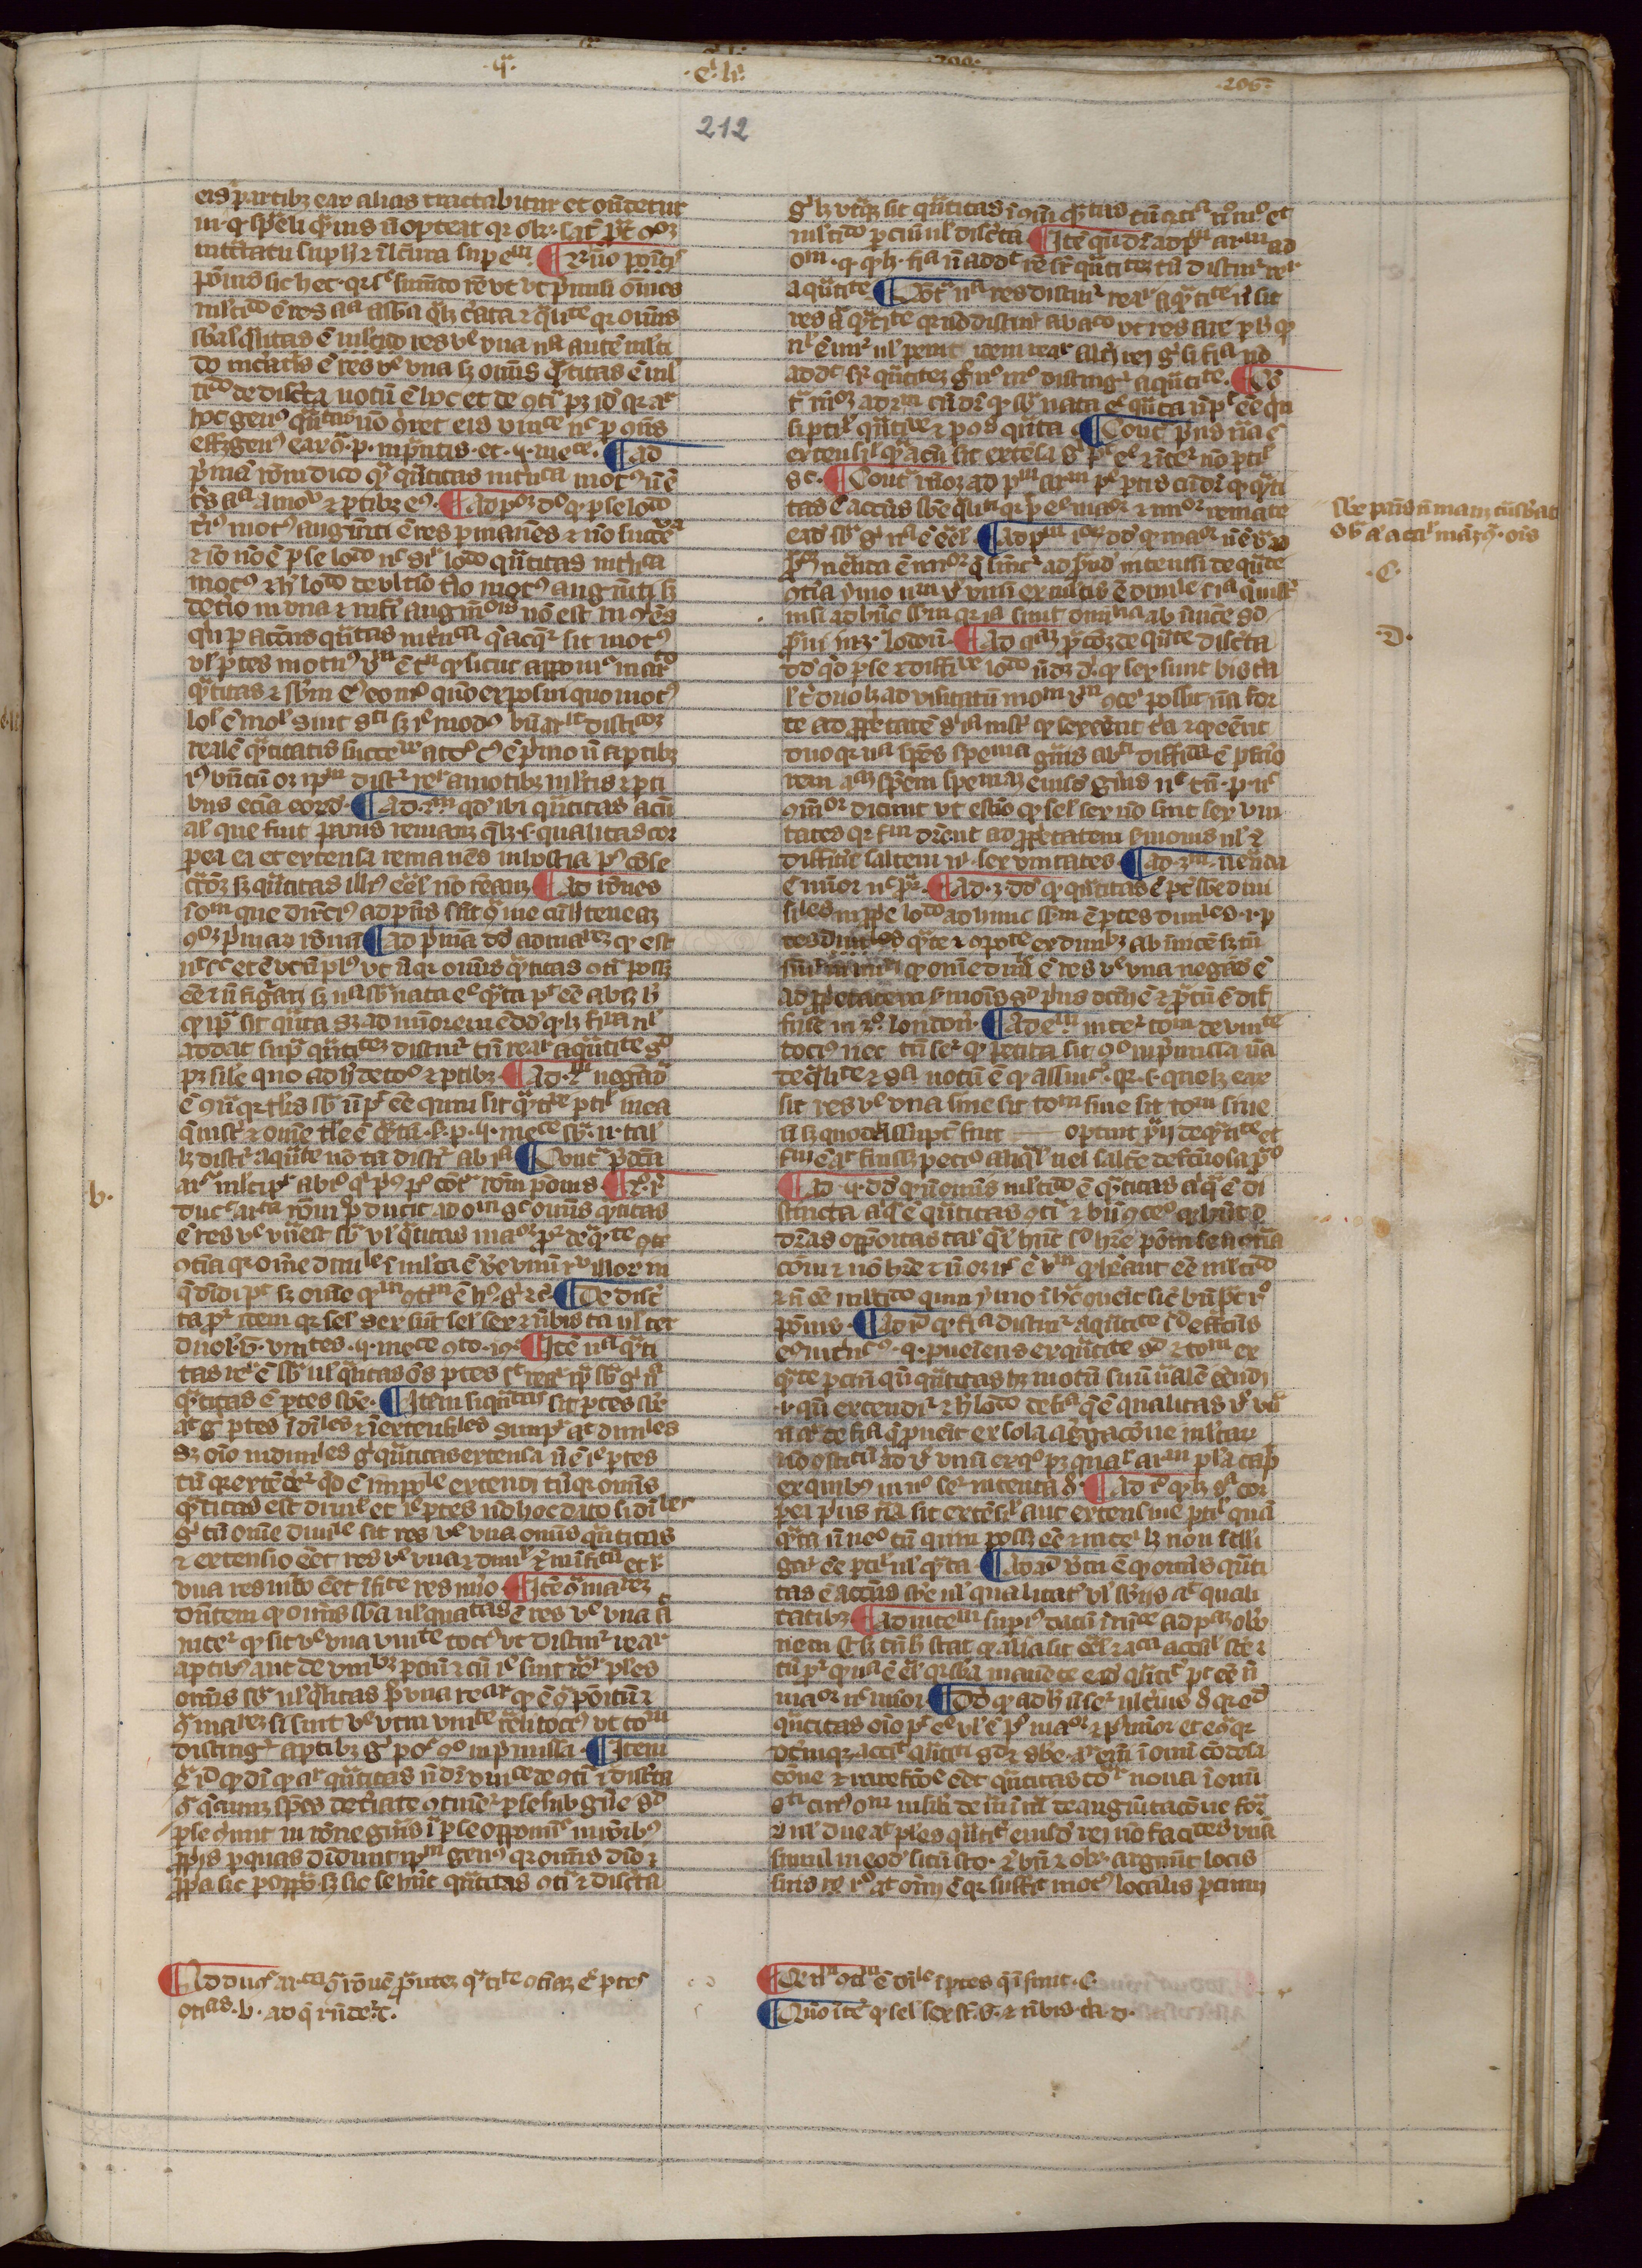
Shelfmark: Paris, Mazarine, ms. 915
Century: 14